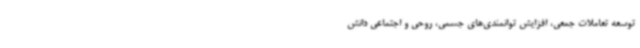
توسعه تعاملات جمعی، افزایش توانمندی‌های جسمی، روحی و اجتماعی دانش